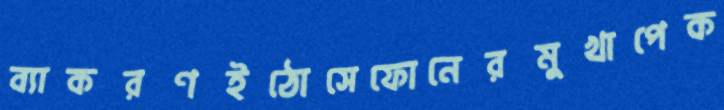
ব্যাকরণইঠোসেফোনেরমুখাপেক